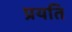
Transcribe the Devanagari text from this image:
प्रयति